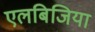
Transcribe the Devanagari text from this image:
एलबिजिया